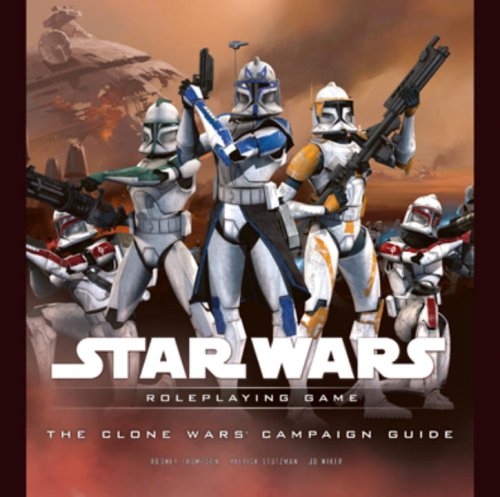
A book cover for The Clone Wars Campaign Guide (Star Wars Roleplaying Game); T. Rob Brown; Science Fiction & Fantasy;